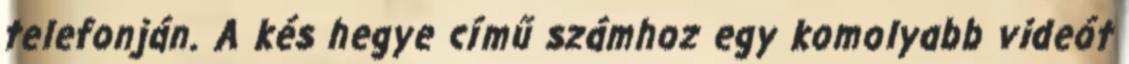
telefonján. A kés hegye című számhoz egy komolyabb videót